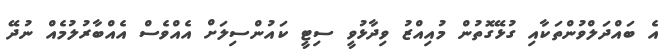
އެ ބައްދަލްވުންތަކާއި ގުޅޭގޮތުން މުއިއްޒު ވިދާޅުވީ ސިޓީ ކައުންސިލަށް އެއްވެސް އެއްބާރުލުމެެއް ނުދޭ